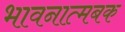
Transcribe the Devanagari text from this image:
भावनात्मबक